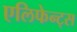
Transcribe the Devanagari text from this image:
एलिफेन्ट्स